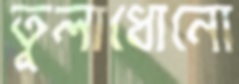
তুলাধোনো